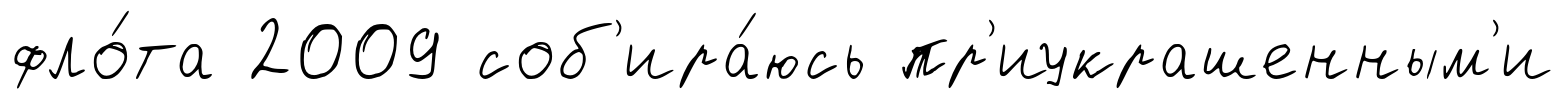
фло́та 2009 соб'ира́юсь пр'иукрашенным'и